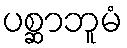
ပစ္ဆာဘူမံ